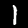
Digit: 1